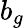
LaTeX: b_{g}